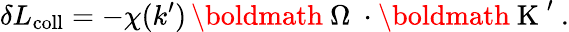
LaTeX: \delta L_{\mathrm{coll}}=-\chi(k^{\prime})\, \mathrm{\boldmath~\Omega~}\cdot\mathrm{\boldmath~K~}^{\prime}\ .